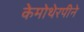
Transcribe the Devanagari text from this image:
केमोथेरपीने